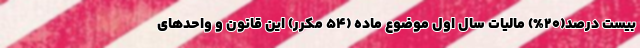
بیست درصد(۲۰%) مالیات سال اول موضوع ماده (۵۴ مکرر) این قانون و واحدهای